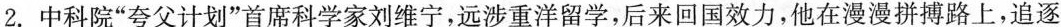
2.中科院”夸父计划”首席科学家刘维宁，远涉重洋留学，后来回国效力，他在漫漫拼搏路上，追逐